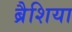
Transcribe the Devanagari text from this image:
ब्रैशिया